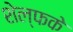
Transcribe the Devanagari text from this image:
शेल्फके